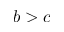
b > c